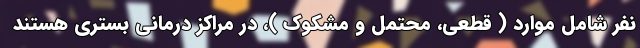
نفر شامل موارد ( قطعی، محتمل و مشکوک )، در مراکز درمانی بستری هستند